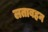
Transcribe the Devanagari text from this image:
लताबहन